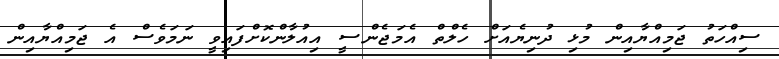
ސިއްހަތު ޖަމިއްޔާއިން މުޅި ދުނިޔެއަށް ހެލްތް އެމަޖެންސީ އިއުލާންކޮށްފައިވީ ނަމަވެސް އެ ޖަމިއްޔާއިން